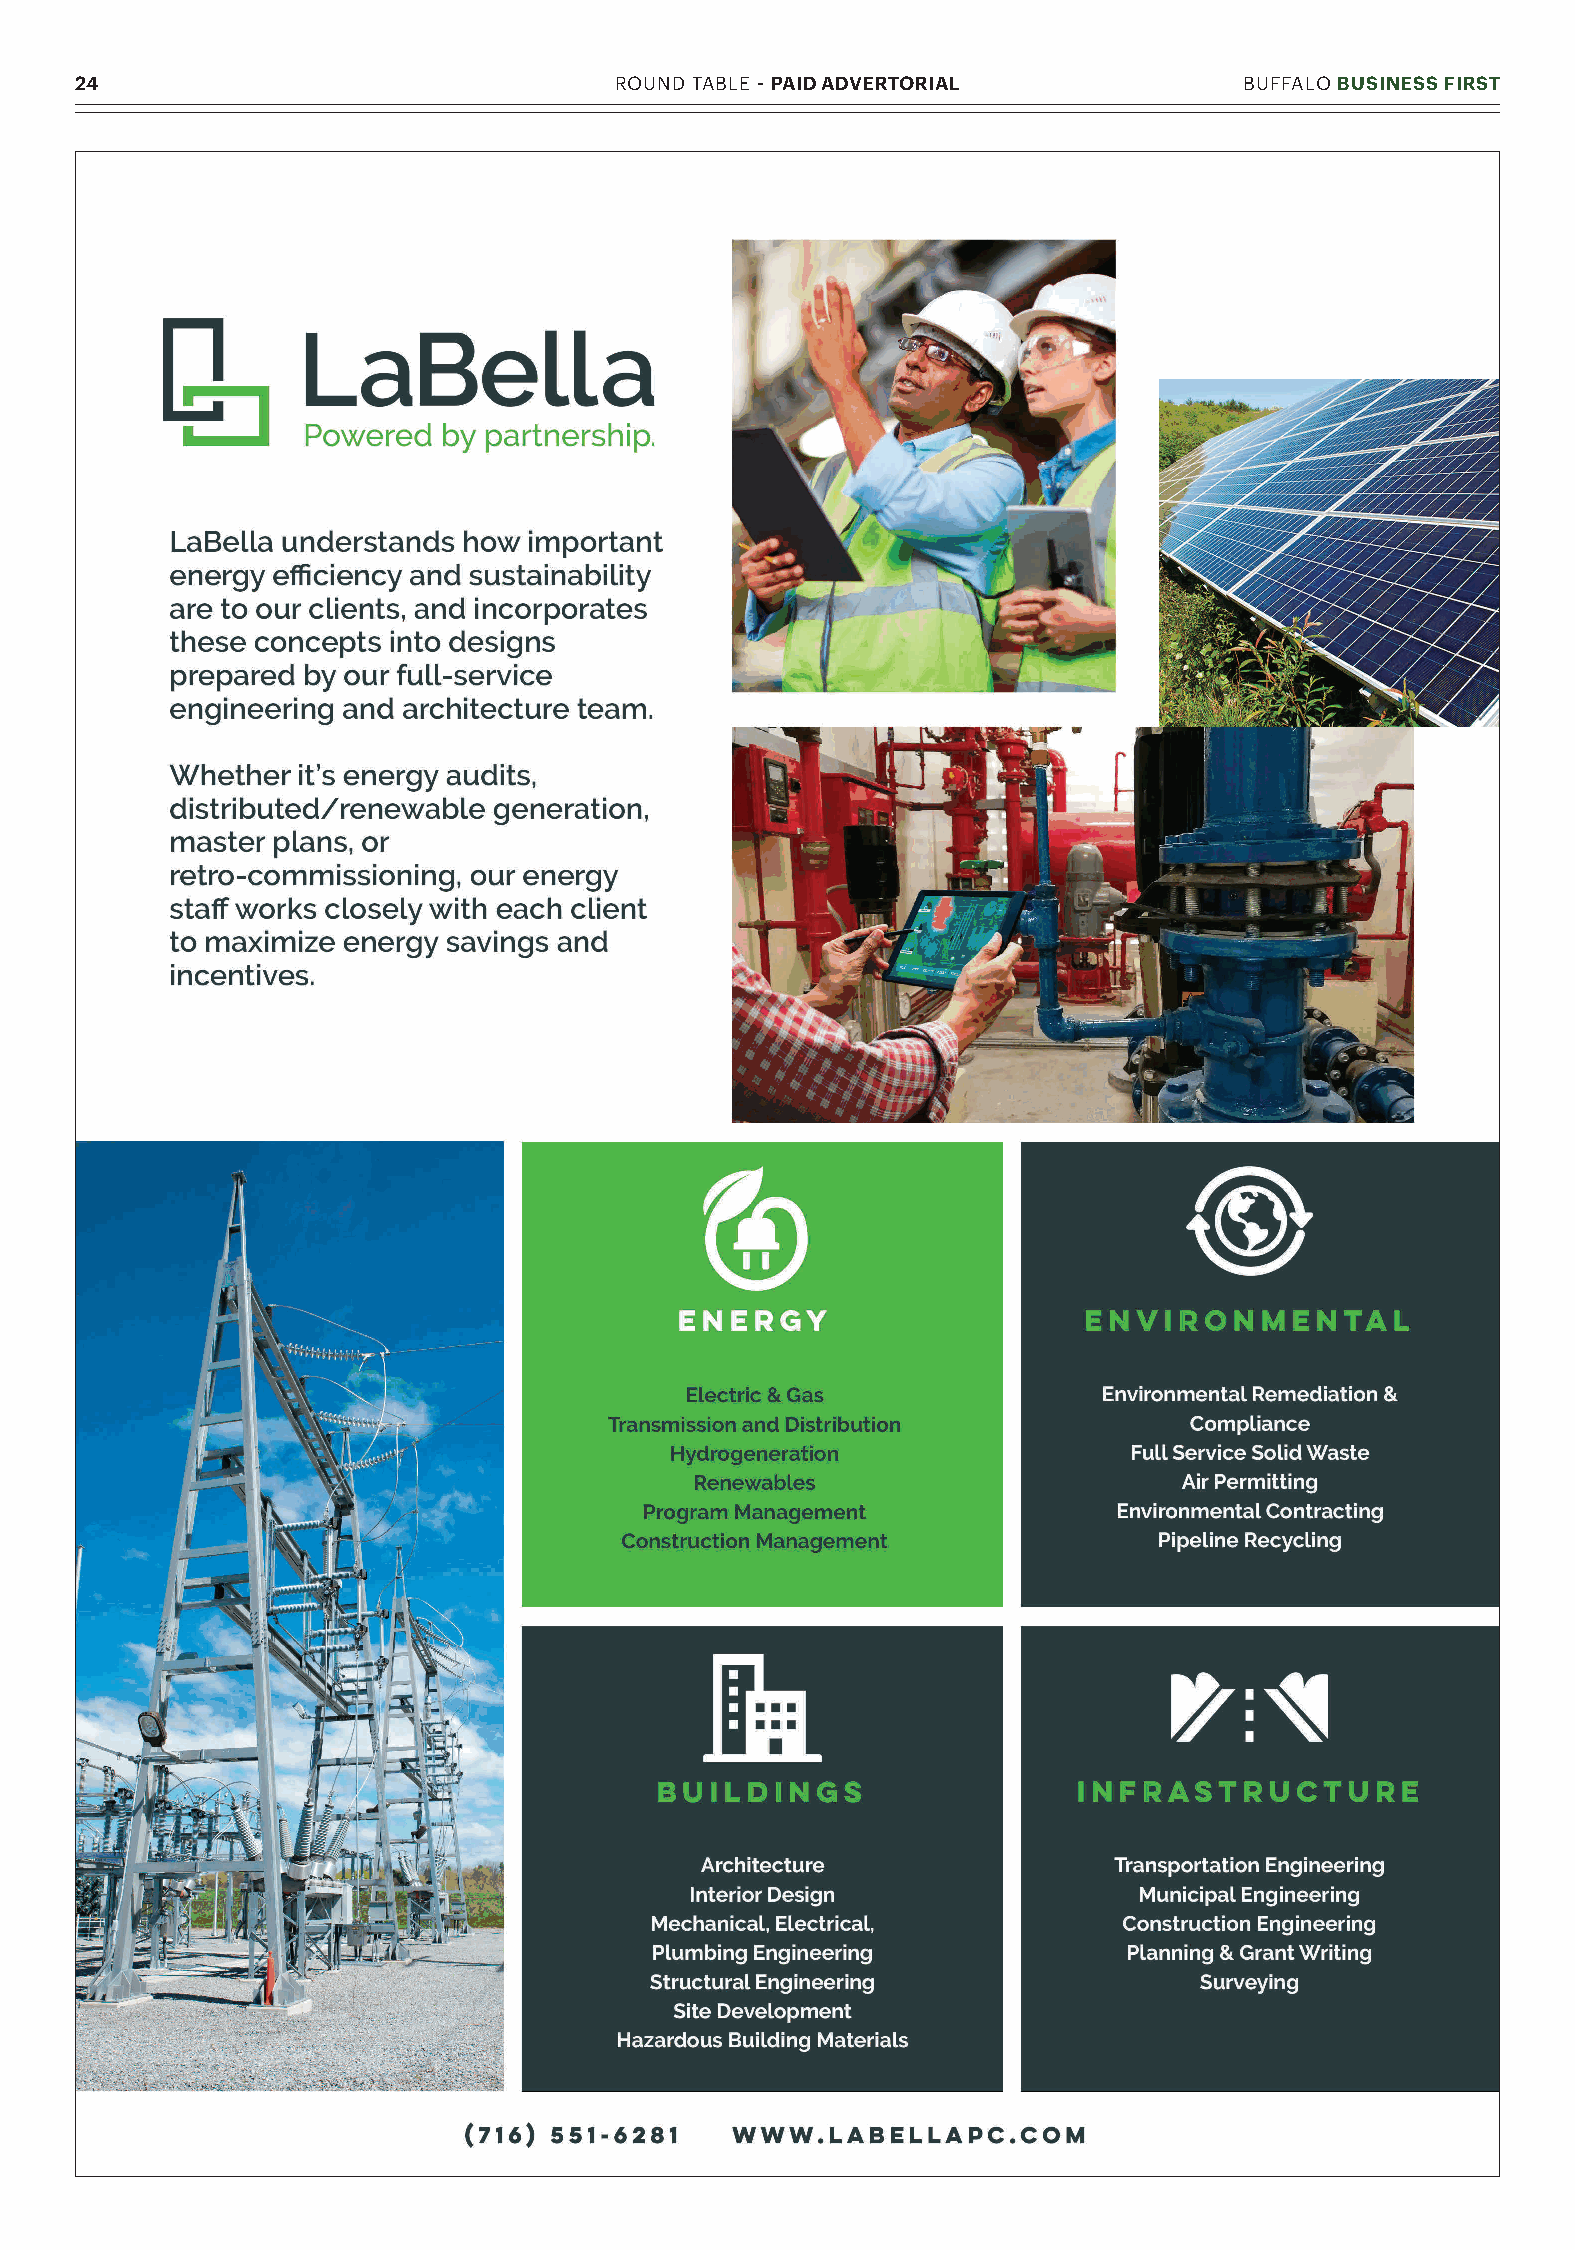
24                                  ROUND TABLE - PAID ADVERTORIAL           BUFFALO BUSINESS FIRST